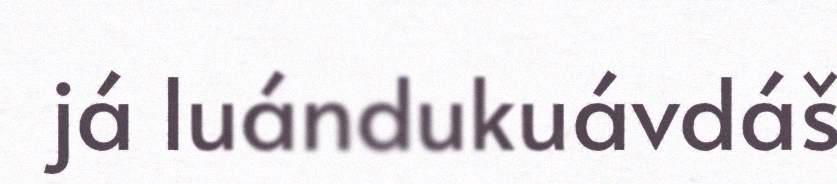
já luándukuávdáš